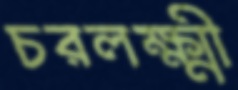
চরলক্ষ্মী